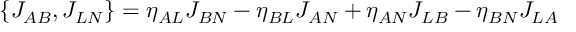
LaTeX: \{ J _ { A B } , J _ { L N } \} = \eta _ { A L } J _ { B N } - \eta _ { B L } J _ { A N } + \eta _ { A N } J _ { L B } - \eta _ { B N } J _ { L A }